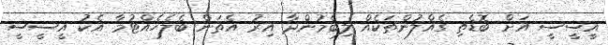
އީސީސީ އަށް ބޮޑެތި ގެއްލުންތަކެއް ލިބެމުންދާ އިރު އެތަން ބެލެހެއްޓުމާ އެކު އީސީސީ